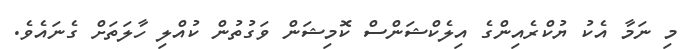
މި ނަމާ އެކު ޔުކްރެއިންގެ އިލެކްޝަންސް ކޮމިޝަން ވަގުތުން ކުއްލި ހާލަތަށް ގެނައެވެ.